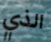
الذي